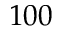
1 0 0